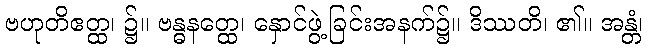
ဗဟုတိဧတ္ထ၊ ၌။ ဗန္ဓနတ္ထေ၊ နှောင်ဖွဲ့ခြင်းအနက်၌။ ဒိဿတိ၊ ၏။ အန္တံ၊